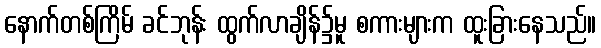
နောက်တစ်ကြိမ် ခင်ဘုန်း ထွက်လာချိန်၌မူ စကားများက ထူးခြားနေသည်။